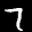
Label: 7